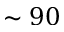
\sim 9 0